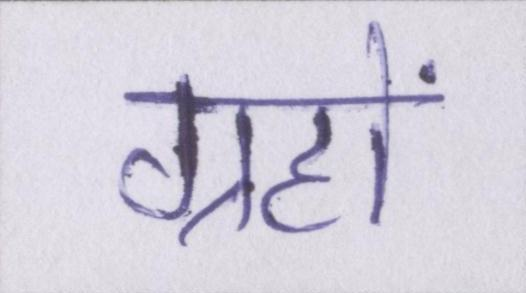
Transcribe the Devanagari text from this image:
ग्रहों